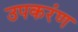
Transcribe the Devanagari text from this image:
उपकरंण